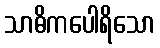
သာဓိကပေါရိသော